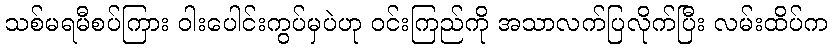
သစ်မရမီစပ်ကြား ဝါးပေါင်းကွပ်မှပဲဟု ဝင်းကြည်ကို အသာလက်ပြလိုက်ပြီး လမ်းထိပ်က